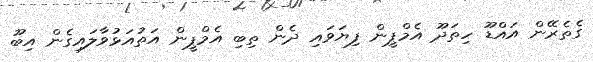
ގެތެރޭން އައްޑޫ ހިތަދޫ އެމްޕީން ފިޔަވައި ދެން ތިބި އެމްޕީން އަތުއަޅުވާލައިގެން އިބޫ